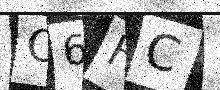
Text: C6HC